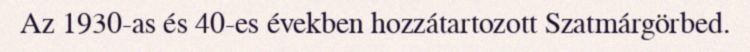
Az 1930-as és 40-es években hozzátartozott Szatmárgörbed.